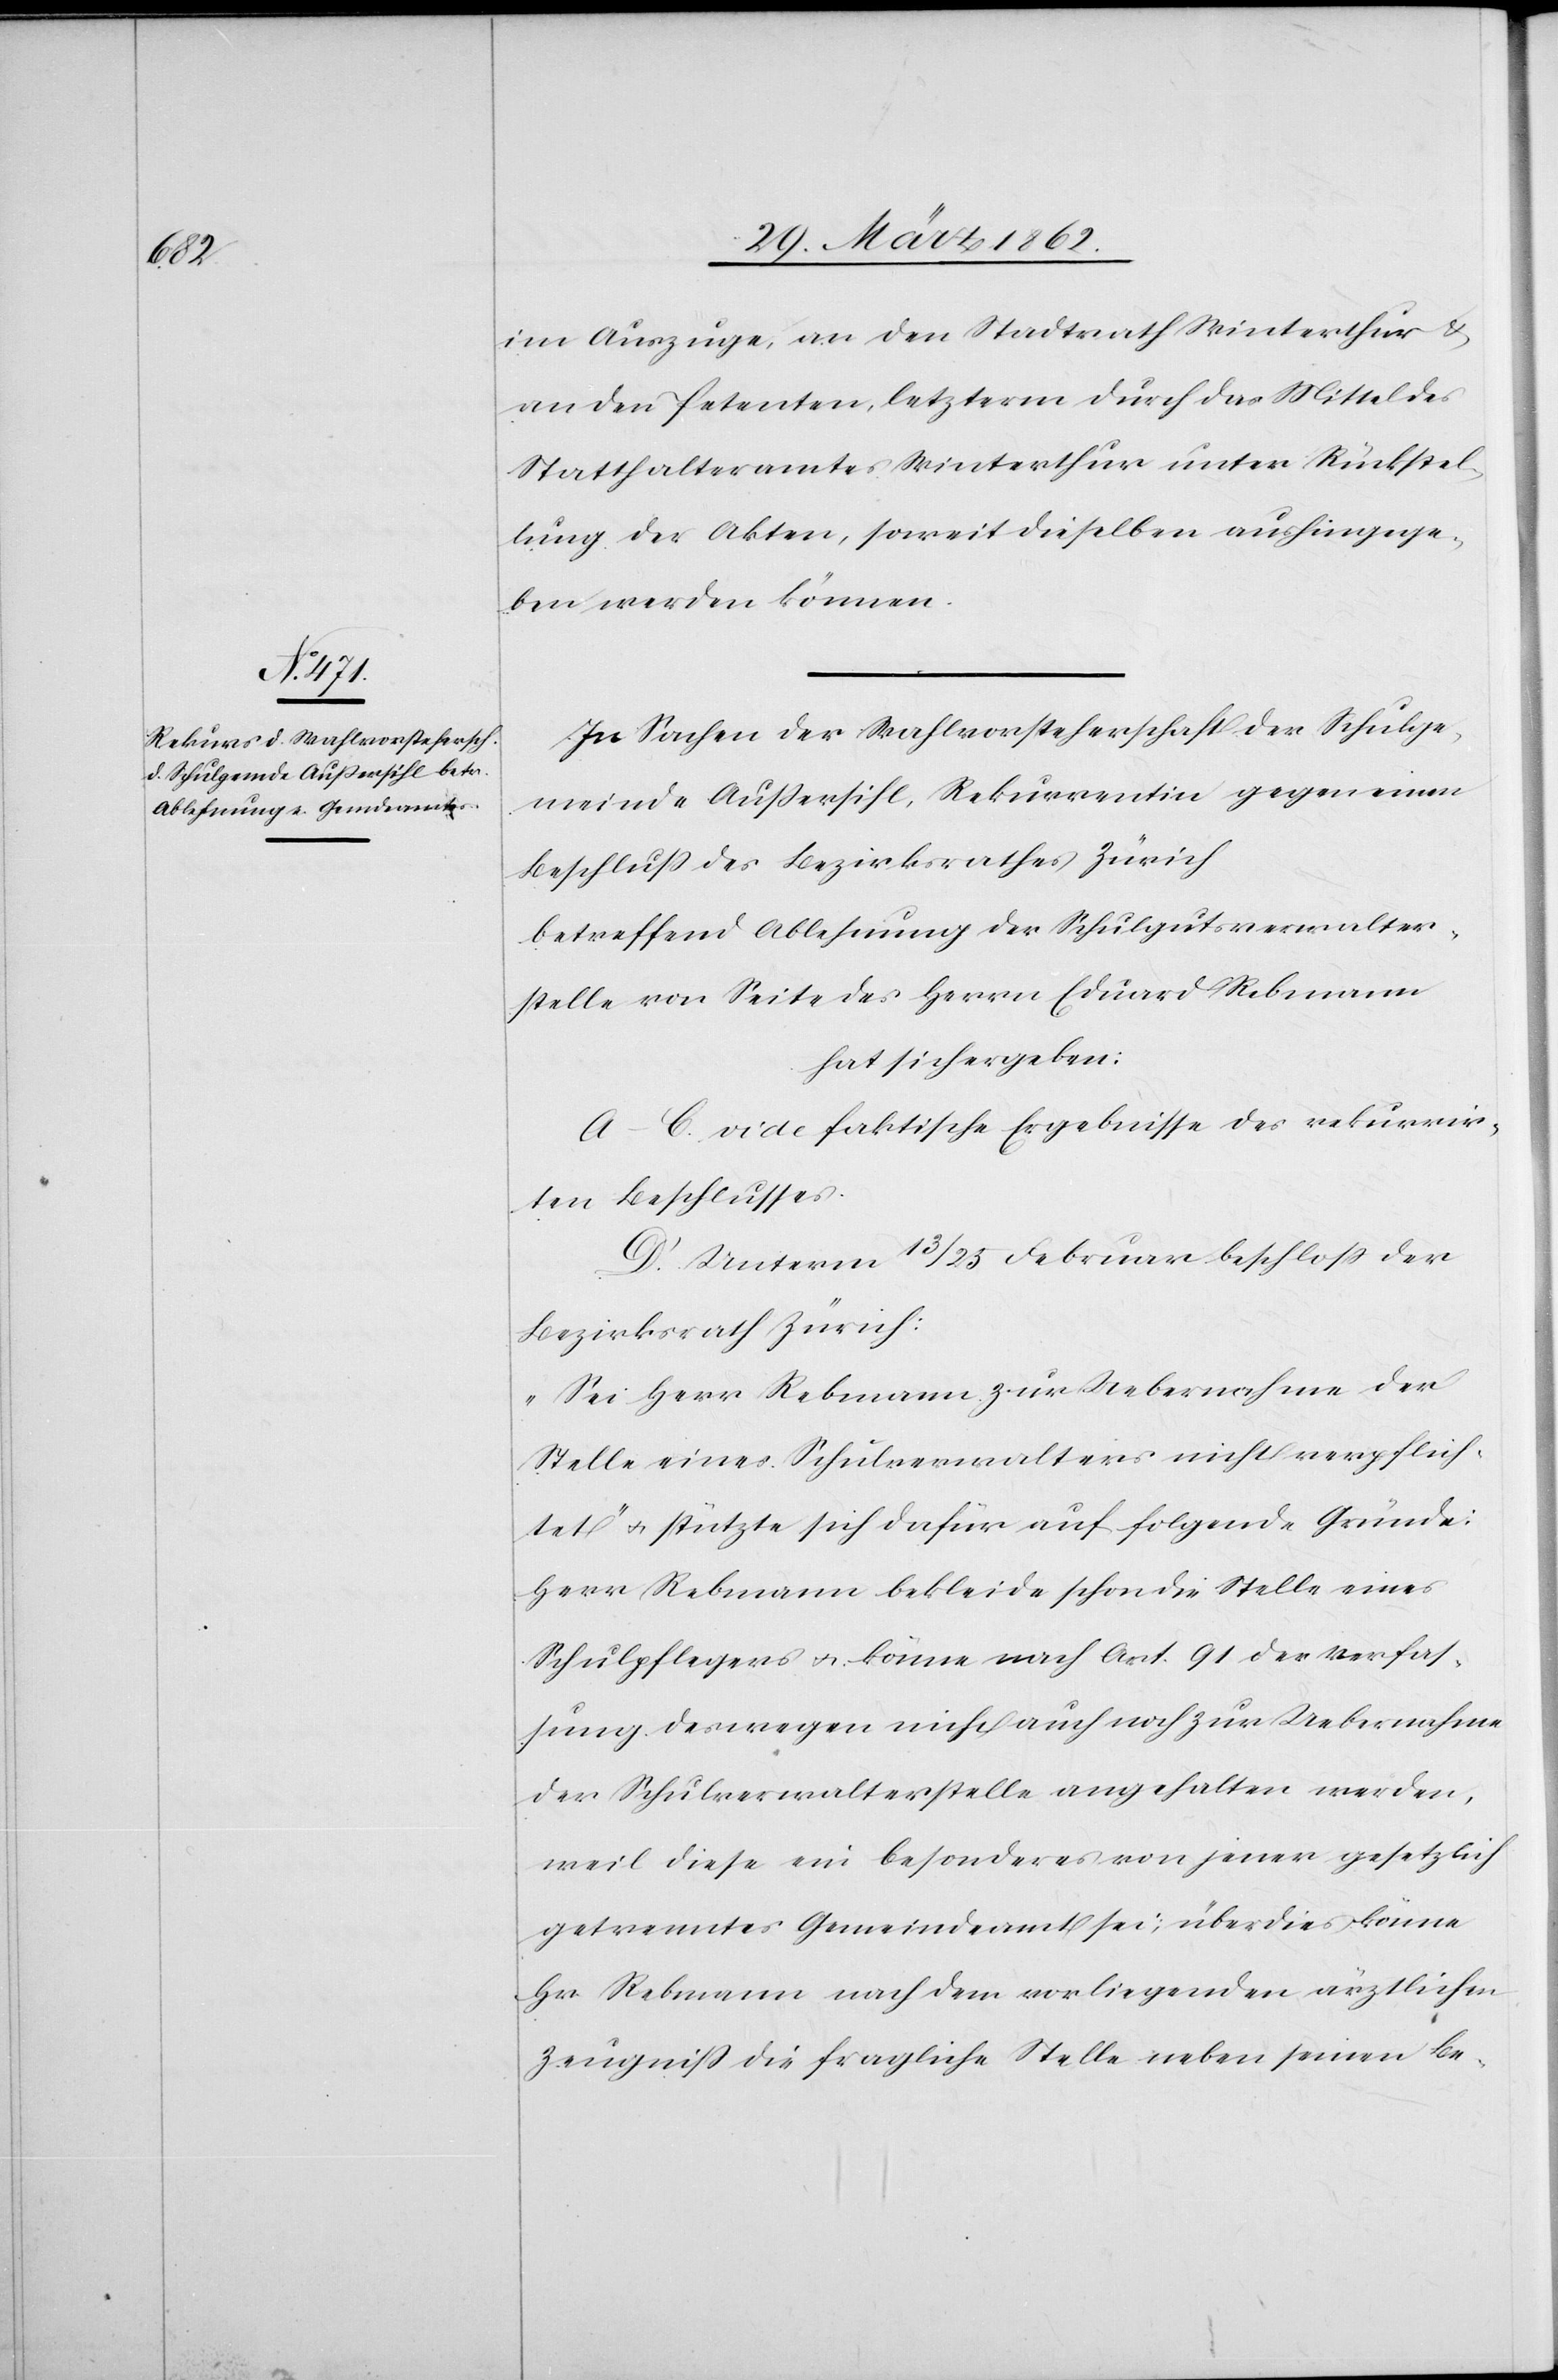
im Auszuge, an den Stadtrath Winterthur &
an den Petenten, letzterm durch das Mittel des
Statthalteramtes Winterthur unter Rückstel¬
lung der Akten, soweit dieselben aushingege¬
ben werden können.
In Sachen der Wahlvorsteherschaft der Schulge¬
meinde Außersihl, Rekurrentin gegen einen
Beschluß des Bezirksrathes Zürich
betreffend Ablehnung der Schulgutsverwalter¬
stelle von Seite des Herrn Eduard Rebmann
hat sich ergeben:
A–C. vide faktische Ergebnisse des rekurrir¬
ten Beschlusses.
D. Unterm 13/25 Februar beschloß der
Bezirksrath Zürich:
„Sei Herr Rebmann zur Uebernahme der
Stelle eines Schulverwalters nicht verpflich¬
tet“ u. stützte sich dafür auf folgende Gründe:
Herr Rebmann bekleide schon die Stelle eines
Schulpflegers u. könne nach Art. 91 der Verfas¬
sung deswegen nicht auch noch zur Uebernahme
der Schulverwalterstelle angehalten werden,
weil diese ein besonderes von jener gesetzlich
getrenntes Gemeindeamt sei; überdies könne
Hr. Rebmann nach dem vorliegenden ärztlichen
Zeugniß die fragliche Stelle neben seinen Be-